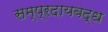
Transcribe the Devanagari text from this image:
सम्प्रदायबद्ध